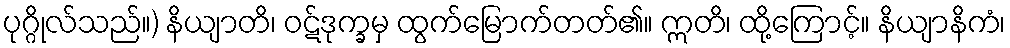
ပုဂ္ဂိုလ်သည်။) နိယျာတိ၊ ဝဋ်ဒုက္ခမှ ထွက်မြောက်တတ်၏။ ဣတိ၊ ထို့ကြောင့်။ နိယျာနိကံ၊